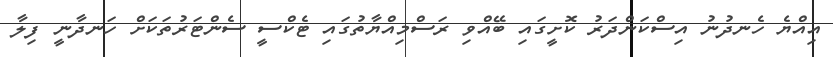
އިއްޔެ ހެނދުނު އިސްކަންދަރު ކޮށީގައި ބޭއްވި ރަސްމިއްޔާތުގައި ޓެކްސީ ސެންޓަރުތަކަށް ހަނދާނީ ފިލާ